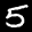
Label: 5